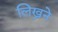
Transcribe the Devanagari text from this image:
लिख्नने